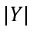
| Y |